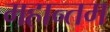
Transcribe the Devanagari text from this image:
महान्तम